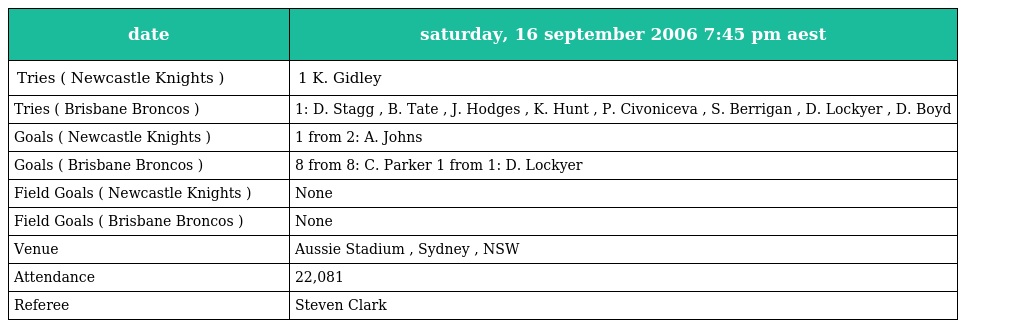
| date | saturday, 16 september 2006 7:45 pm aest |
 | --- | --- |
 | Tries ( Newcastle Knights ) | 1 K. Gidley |
 | Tries ( Brisbane Broncos ) | 1: D. Stagg , B. Tate , J. Hodges , K. Hunt , P. Civoniceva , S. Berrigan , D. Lockyer , D. Boyd |
 | Goals ( Newcastle Knights ) | 1 from 2: A. Johns |
 | Goals ( Brisbane Broncos ) | 8 from 8: C. Parker 1 from 1: D. Lockyer |
 | Field Goals ( Newcastle Knights ) | None |
 | Field Goals ( Brisbane Broncos ) | None |
 | Venue | Aussie Stadium , Sydney , NSW |
 | Attendance | 22,081 |
 | Referee | Steven Clark |